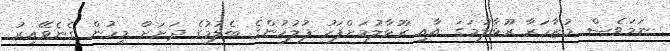
ނަމަވެސް މުޒާހަރާ ރޫޅާލުމަގަ އާއި ރޫޅާލުމަށްފަހު ފުލުހުންގެ ބެލުމުގެ ދަށަށް މީހުން ގެނެވޭއިރު